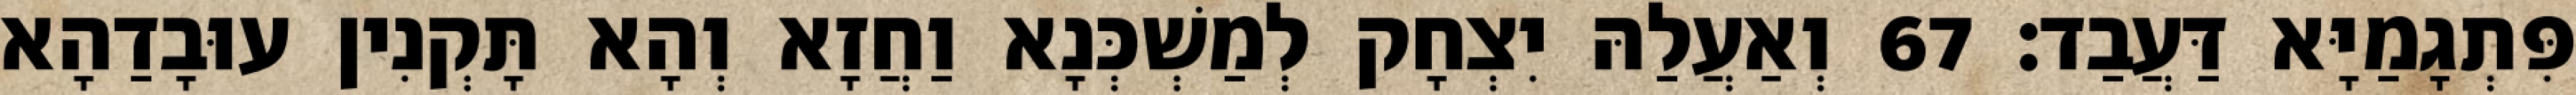
פִּתְגָמַיָּא דַּעֲבַד׃ 67 וְאַעֲלַהּ יִצְחָק לְמַשְׁכְּנָא וַחֲזָא וְהָא תָּקְנִין עוּבָדַהָא